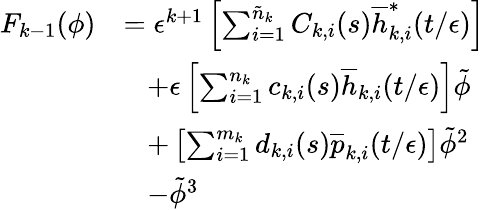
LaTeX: \begin{array}{rl}{F_{k-1}(\phi)}&{=\epsilon^{k+1}\left[\sum_{i=1}^{\tilde{n}_{k}}C_{k,i}(s)\overline{{h}}_{k,i}^{*}(t/\epsilon)\right]}\\ &{\; \; \; +\epsilon\left[\sum_{i=1}^{n_{k}}c_{k,i}(s)\overline{{h}}_{k,i}(t/\epsilon)\right]\tilde{\phi}}\\ &{\; \; \; +\left[\sum_{i=1}^{m_{k}}d_{k,i}(s)\overline{{p}}_{k,i}(t/\epsilon)\right]\tilde{\phi}^{2}}\\ &{\; \; \; -\tilde{\phi}^{3}}\end{array}